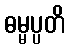
ဓမ္မပ္ပတိ